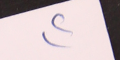
٢)